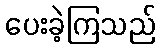
ပေးခဲ့ကြသည်